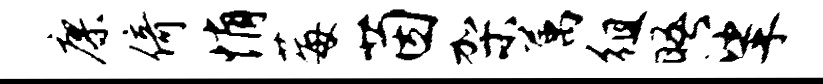
廖倚悄莓茵架属徂晤挲